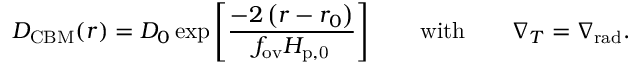
D _ { \mathrm { C B M } } ( r ) = D _ { 0 } \exp \left[ \frac { - 2 \left( r - r _ { 0 } \right) } { f _ { \mathrm { o v } } H _ { \mathrm { p , 0 } } } \right] \qquad \mathrm { w i t h } \qquad \nabla _ { T } = \nabla _ { \mathrm { r a d } } .